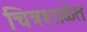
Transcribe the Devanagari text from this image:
चित्रशाळेत